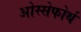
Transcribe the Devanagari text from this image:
ओस्सेफोर्थ